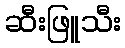
ဆီးဖြူသီး